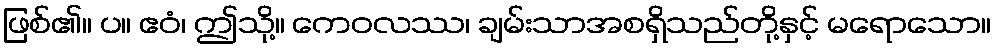
ဖြစ်၏။ ပ။ ဧဝံ၊ ဤသို့။ ကေဝလဿ၊ ချမ်းသာအစရှိသည်တို့နှင့် မရောသော။